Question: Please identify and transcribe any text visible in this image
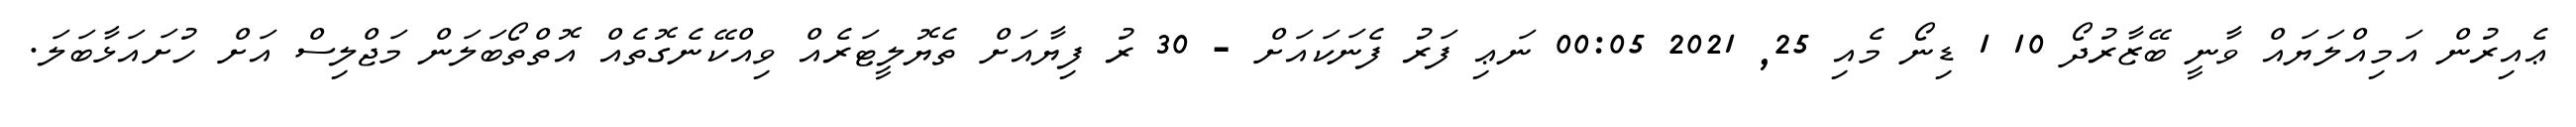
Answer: ޢެއިރުން އަމިއްލަޔައް ވާނީ ބޭޒާރުދޯ 10 1 ޑިނޯ މެއި 25, 2021 00:05 ނަޢި ފަރު ފެނަކައަށް - 30 ރު ފިޔާއަށް ތެޔޮލީޓަރެއް ވިއްކޭނެގޮތެއް އޮތްތޯބަލަން މަޖްލިސް އަށް ހުށައަޅާބަލަ.